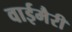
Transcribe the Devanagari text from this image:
वाईमैरी